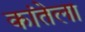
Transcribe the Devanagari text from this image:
कांतेला